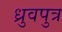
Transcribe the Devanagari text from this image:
ध्रुवपुत्र